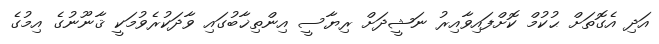
އަދި އެގޮތަށް ޙުކުމް ކޮށްފައިވާއިރު ނަޝީދަށް ރިޔާސީ އިންތިޚާބުގައި ވާދަކުރެވުމަކީ ޤާނޫނުގެ އިމުގެ